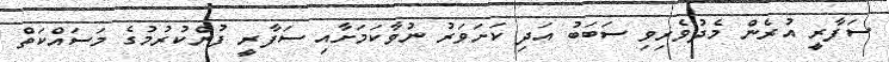
ސަފާރީ އުރެން މެދުވެރިވި ސަބަބު އަދި ކަށަވަރު ނުވާކަމަށާއި ސަފާރީ ފުންކުރުމުގެ މަސައްކަތް